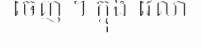
ចេញ ។ ក្នុង វេលា